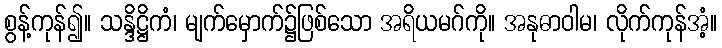
စွန့်ကုန်၍။ သန္ဒိဋ္ဌိကံ၊ မျက်မှောက်၌ဖြစ်သော အရိယမဂ်ကို။ အနုဓာဝါမ၊ လိုက်ကုန်အံ့။